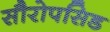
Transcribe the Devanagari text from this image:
सौरोपसिड